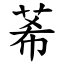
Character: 莃